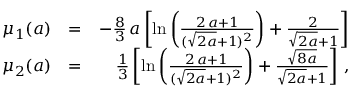
\begin{array} { r l r } { \mu _ { 1 } ( a ) } & { = } & { - \frac { 8 } { 3 } \, a \left[ \ln { \left( \frac { 2 \, a + 1 } { ( \sqrt { 2 a } + 1 ) ^ { 2 } } \right) } + \frac { 2 } { \sqrt { 2 a } + 1 } \right] } \\ { \mu _ { 2 } ( a ) } & { = } & { \frac { 1 } { 3 } \left[ \ln { \left( \frac { 2 \, a + 1 } { ( \sqrt { 2 a } + 1 ) ^ { 2 } } \right) } + \frac { \sqrt { 8 a } } { \sqrt { 2 a } + 1 } \right] \, , } \end{array}